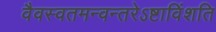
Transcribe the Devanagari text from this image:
वैवस्वतमन्वन्तरेऽष्टाविंशति